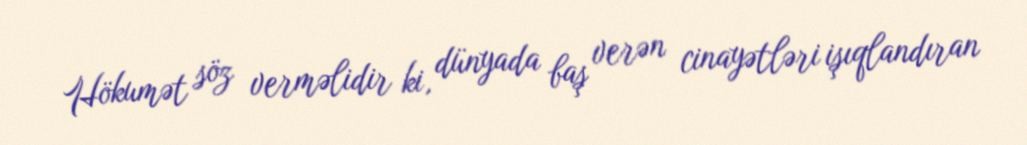
Hökumət söz verməlidir ki, dünyada baş verən cinayətləri işıqlandıran